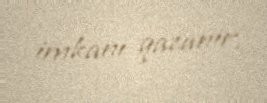
imkanı qazanır.